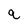
Character: q